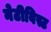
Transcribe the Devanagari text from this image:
नेटीविस्ट